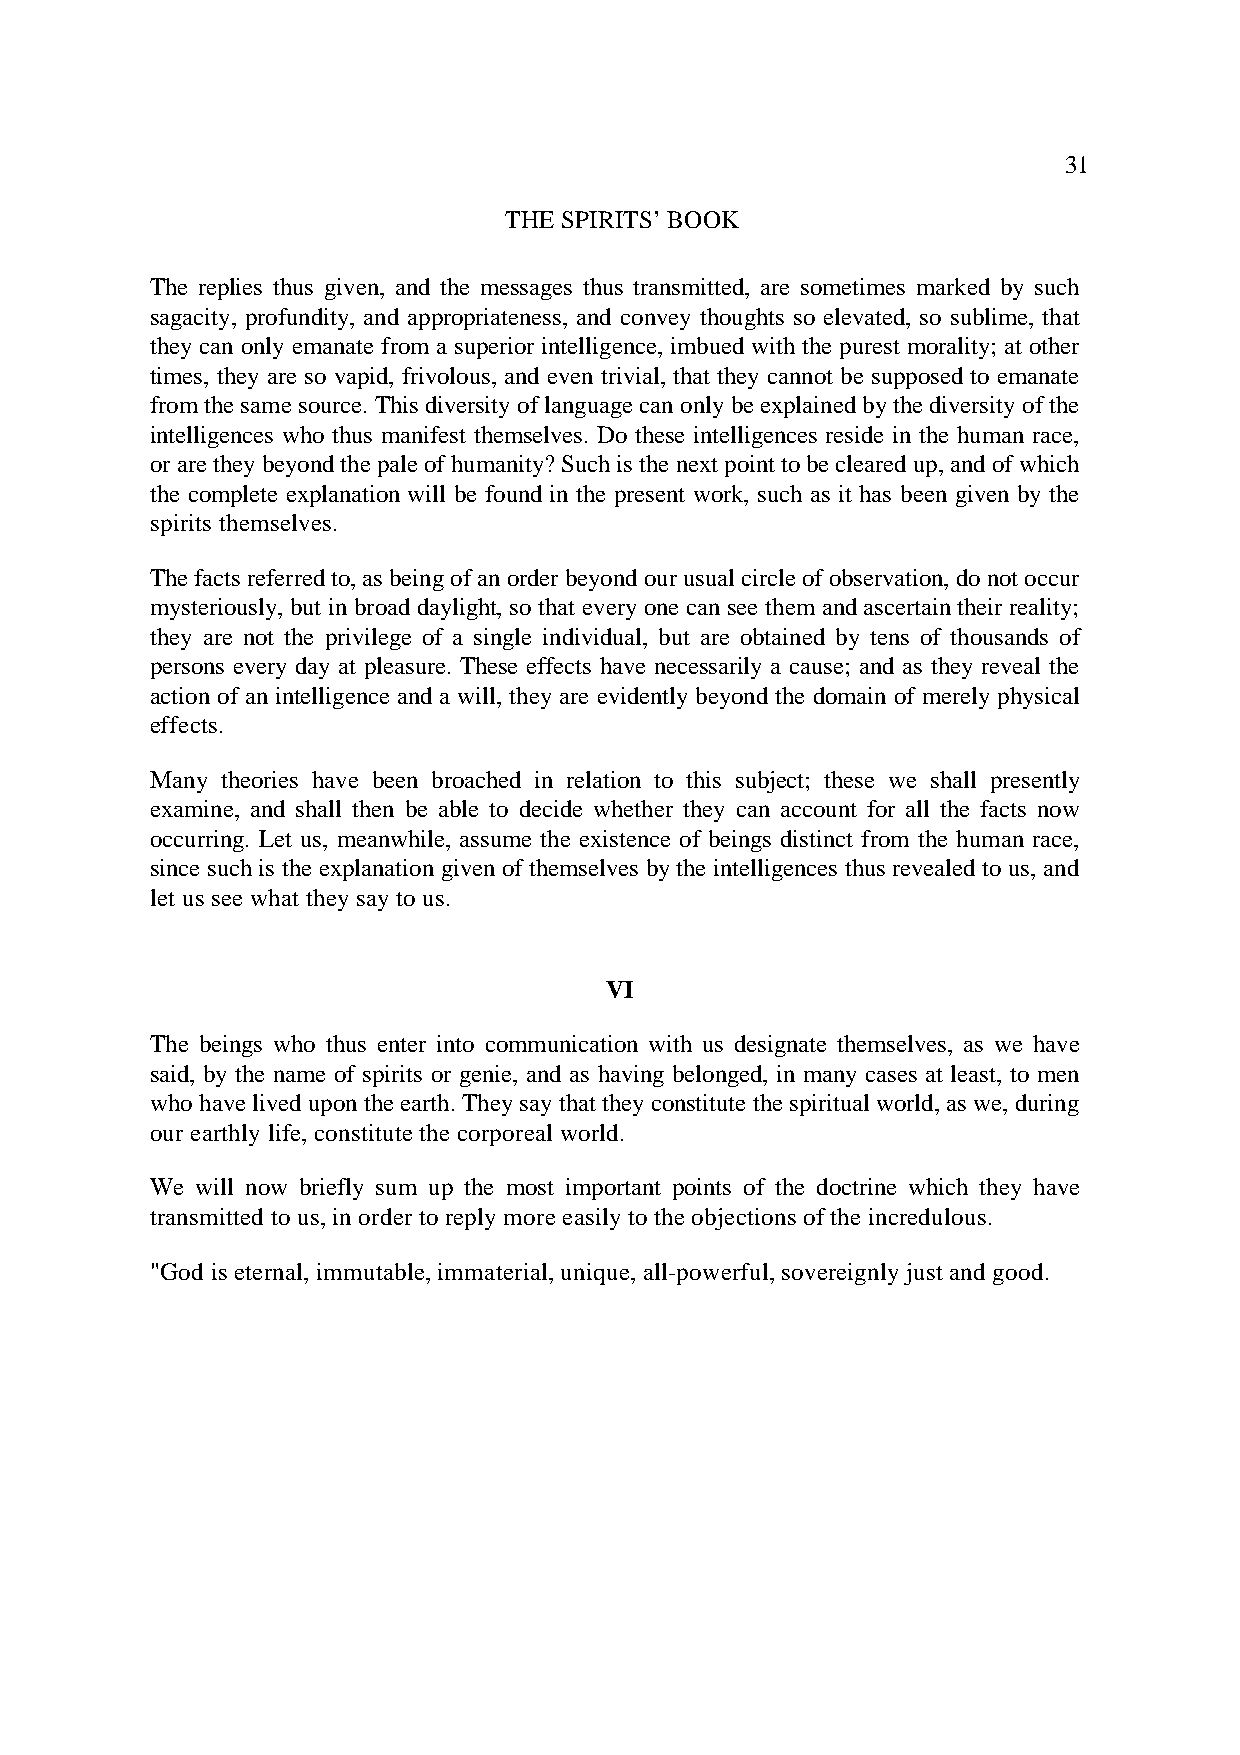
31
 THE SPIRITS’ BOOK
 The replies thus given, and the messages thus transmitted, are sometimes marked by such
 sagacity, profundity, and appropriateness, and convey thoughts so elevated, so sublime, that
 they can only emanate from a superior intelligence, imbued with the purest morality; at other
 times, they are so vapid, frivolous, and even trivial, that they cannot be supposed to emanate
 from the same source. This diversity of language can only be explained by the diversity of the
 intelligences who thus manifest themselves. Do these intelligences reside in the human race,
 or are they beyond the pale of humanity? Such is the next point to be cleared up, and of which
 the complete explanation will be found in the present work, such as it has been given by the
 spirits themselves.
 The facts referred to, as being of an order beyond our usual circle of observation, do not occur
 mysteriously, but in broad daylight, so that every one can see them and ascertain their reality;
 they are not the privilege of a single individual, but are obtained by tens of thousands of
 persons every day at pleasure. These effects have necessarily a cause; and as they reveal the
 action of an intelligence and a will, they are evidently beyond the domain of merely physical
 effects.
 Many theories have been broached in relation to this subject; these we shall presently
 examine, and shall then be able to decide whether they can account for all the facts now
 occurring. Let us, meanwhile, assume the existence of beings distinct from the human race,
 since such is the explanation given of themselves by the intelligences thus revealed to us, and
 let us see what they say to us.
 VI
 The beings who thus enter into communication with us designate themselves, as we have
 said, by the name of spirits or genie, and as having belonged, in many cases at least, to men
 who have lived upon the earth. They say that they constitute the spiritual world, as we, during
 our earthly life, constitute the corporeal world.
 We will now briefly sum up the most important points of the doctrine which they have
 transmitted to us, in order to reply more easily to the objections of the incredulous.
 "God is eternal, immutable, immaterial, unique, all-powerful, sovereignly just and good.